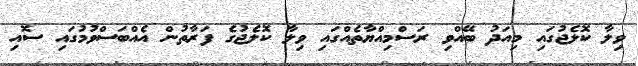
ވިލާ ކޮލެޖުގައި މިއަދު ބޭއްވި ރަސްމިއްޔާތެއްގައި ވިލާ ކޮލެޖުގެ ފަރާތުން އެއްބަސްވުމުގައި ސޮއި